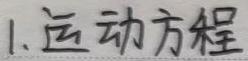
1. 运动方程